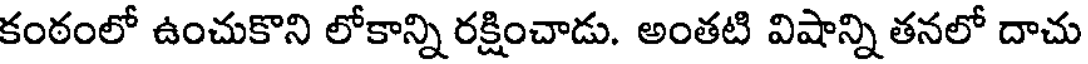
కంఠంలో ఉంచుకొని లోకాన్ని రక్షించాడు. అంతటి విషాన్ని తనలో దాచు